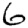
Digit: 6